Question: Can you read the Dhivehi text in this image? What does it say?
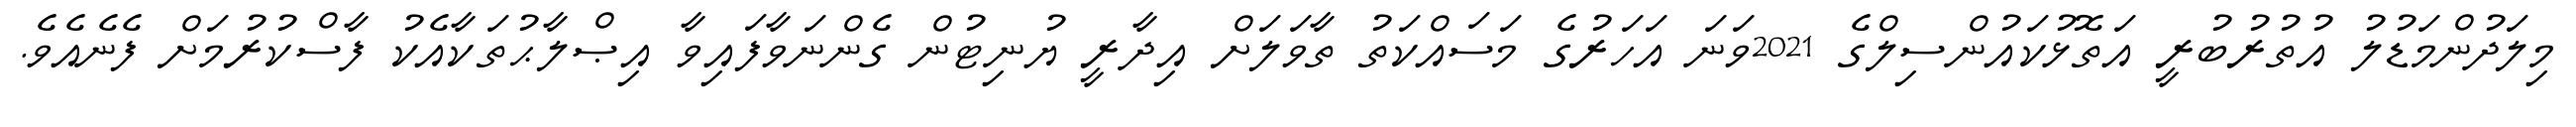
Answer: މިލަދުންމަޑުލު އުތުރުބުރީ އަތޮޅުކައުންސިލްގެ 2021ވަނަ އަހަރުގެ މަސައްކަތު ތާވަލަށް އިދާރީ ޔުނިޓުން ގެންނަވާފައިވާ އިޞްލާޙުތަކާއެކު ފާސްކުރުމަށް ފެނެއެވެ.